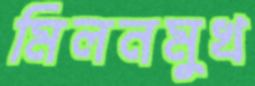
মিলনমুখ